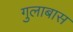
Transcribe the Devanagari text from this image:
गुलाबास